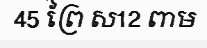
45 ព្រៃ ស12 ពាម